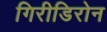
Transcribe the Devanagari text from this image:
गिरीडिरोन